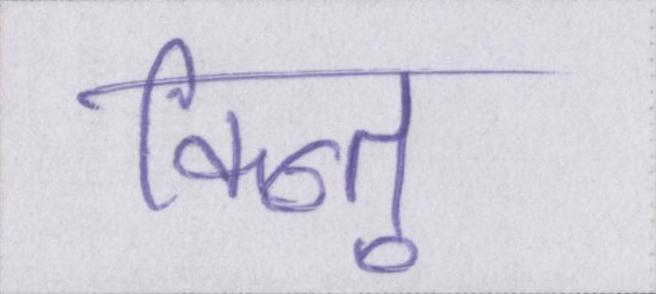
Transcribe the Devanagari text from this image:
किन्तु